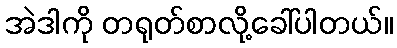
အဲဒါကို တရုတ်စာလို့ခေါ်ပါတယ်။